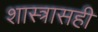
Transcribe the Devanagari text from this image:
शास्त्रासही